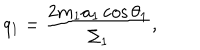
LaTeX: q _ { 1 } = \frac { 2 m _ { 1 } a _ { 1 } \cos \theta _ { 1 } } { \Sigma _ { 1 } } ,